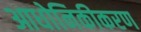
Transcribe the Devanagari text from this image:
आधोनिकीकरण